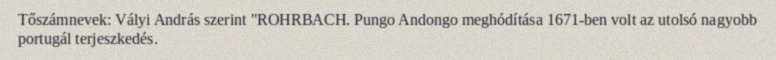
Tőszámnevek: Vályi András szerint "ROHRBACH. Pungo Andongo meghódítása 1671-ben volt az utolsó nagyobb portugál terjeszkedés.